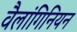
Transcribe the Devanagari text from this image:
वैलांगिनियन